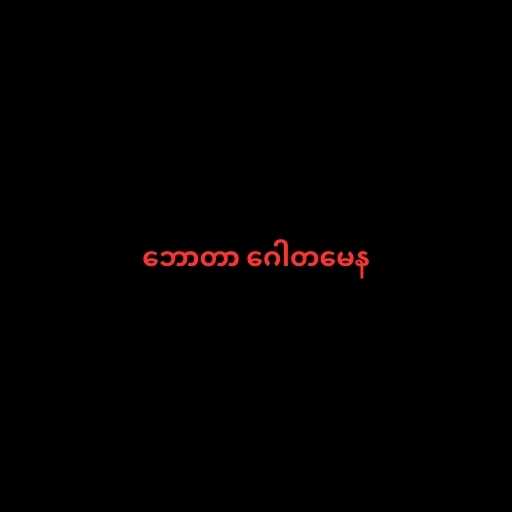
ဘောတာ ဂေါတမေန